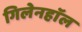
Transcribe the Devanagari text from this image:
गिलेनहाॅल